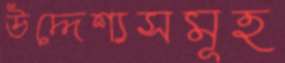
উদ্দেশ্যসমূহ